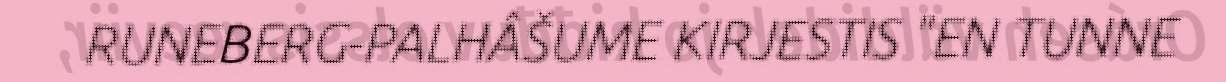
RUNEBERG-PALHÂŠUME KIRJESTIS "EN TUNNE